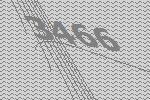
3466